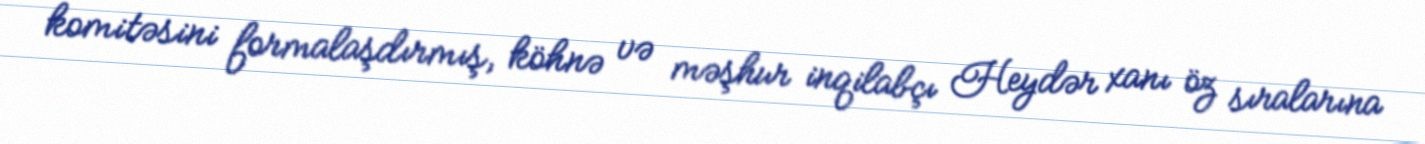
komitəsini formalaşdırmış, köhnə və məşhur inqilabçı Heydər xanı öz sıralarına